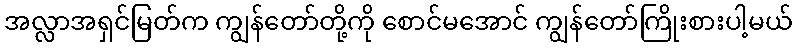
အလ္လာအရှင်မြတ်က ကျွန်တော်တို့ကို စောင်မအောင် ကျွန်တော်ကြိုးစားပါ့မယ်